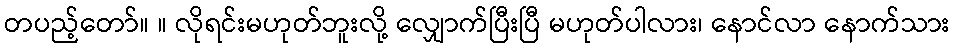
တပည့်တော်။ ။ လိုရင်းမဟုတ်ဘူးလို့ လျှောက်ပြီးပြီ မဟုတ်ပါလား၊ နောင်လာ နောက်သား